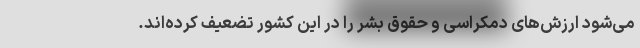
می‌شود ارزش‌های دمکراسی و حقوق بشر را در این کشور تضعیف کرده‌اند.